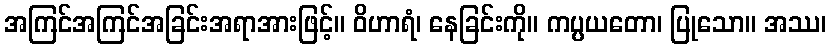
အကြင်အကြင်အခြင်းအရာအားဖြင့်။ ဝိဟာရံ၊ နေခြင်းကို။ ကပ္ပယတော၊ ပြုသော။ အဿ၊